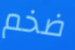
ضخم